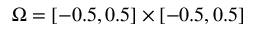
\Omega = [ - 0 . 5 , 0 . 5 ] \times [ - 0 . 5 , 0 . 5 ]